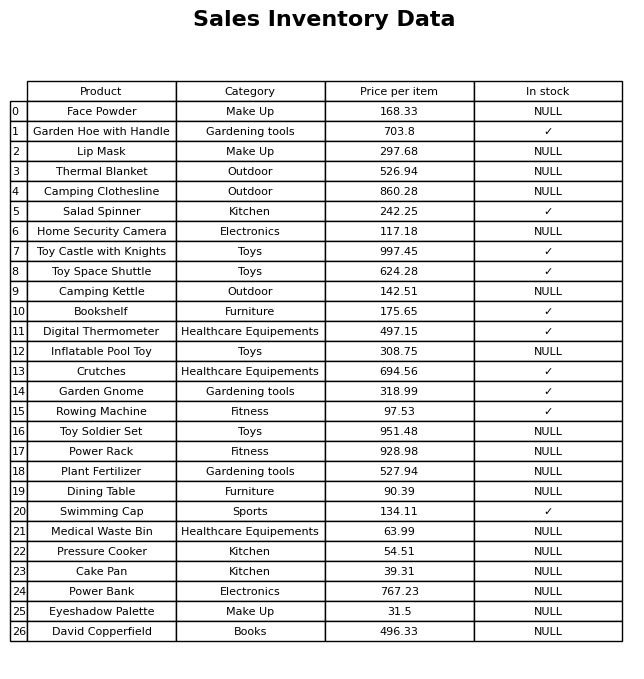
question: What is the price of the Swimming Cap?
answer: The price of Swimming Cap is 134.11.